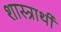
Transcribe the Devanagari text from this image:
शास्त्रार्थी